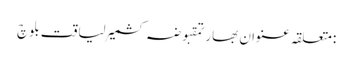
:متعلقہ عنوان بھارتمقبوضہ کشمیرلیاقت بلوچ